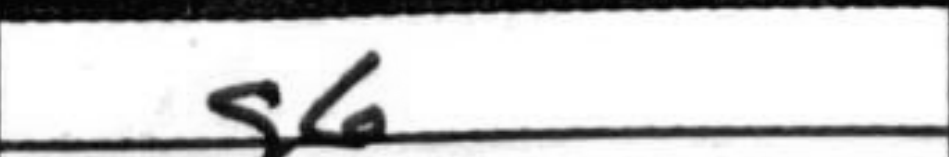
Transcription: g6